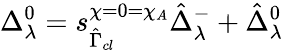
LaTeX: \Delta_{\lambda}^{0}=s_{\hat{\Gamma}_{cl}}^{\chi=0=\chi_{A}}\hat{\Delta}_{\lambda}^{-}+\hat{\Delta}_{\lambda}^{0}